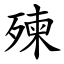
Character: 㱫